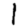
Digit: 1